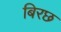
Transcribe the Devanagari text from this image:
बिरछ